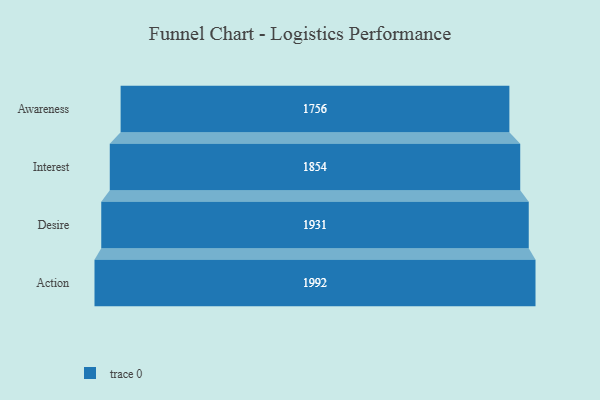
{"axis": {"x": "Stage", "y": "Value"}, "legend": [""], "data": [{"x": "Awareness", "y": 1756.0, "type": ""}, {"x": "Interest", "y": 1854.0, "type": ""}, {"x": "Desire", "y": 1931.0, "type": ""}, {"x": "Action", "y": 1992.0, "type": ""}]}